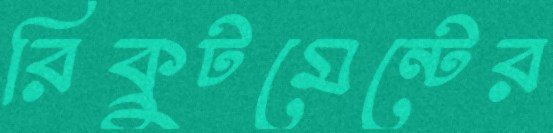
রিক্রুটমেন্টের